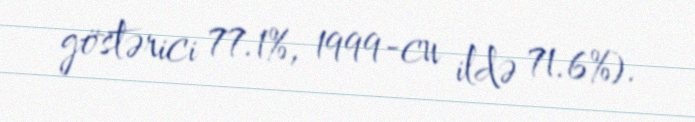
göstərici 77.1%, 1999-cu ildə 71.6%).